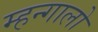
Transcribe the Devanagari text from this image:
म्हन्गालो